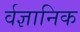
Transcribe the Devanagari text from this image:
र्वज्ञानिक